Lunatic asylums in Bengal annual reports 1912-1924 - 1912-1924
Year: 1912
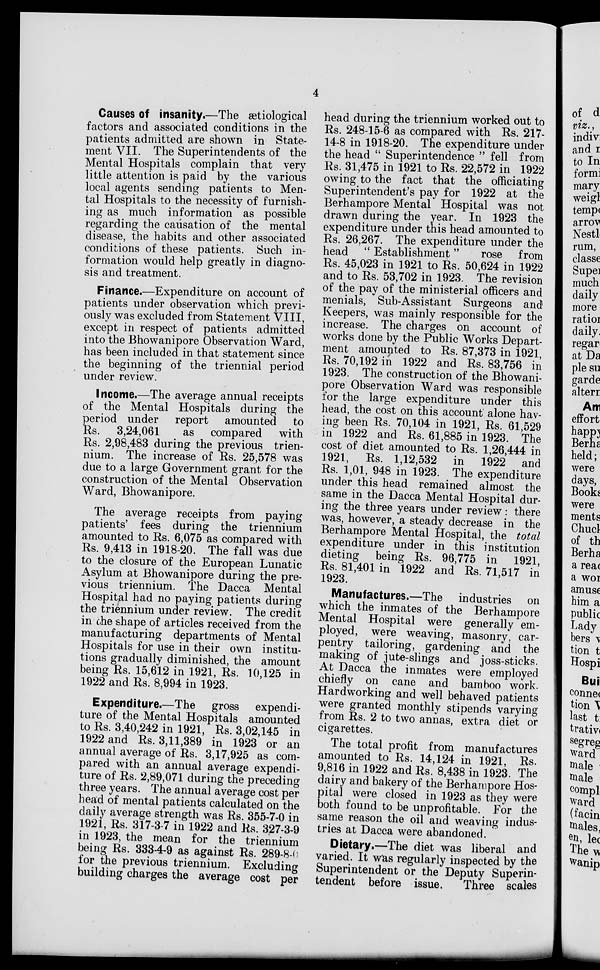
4
Causes of insanity.—The ætiological
factors and associated conditions in the
patients admitted are shown in State-
ment VII. The Superintendents of the
Mental Hospitals complain that very
little attention is paid by the various
local agents sending patients to Men-
tal Hospitals to the necessity of furnish-
ing as much information as possible
regarding the causation of the mental
disease, the habits and other associated
conditions of these patients. Such in-
formation would help greatly in diagno-
sis and treatment.
Finance.—Expenditure on account of
patients under observation which previ-
ously was excluded from Statement VIII,
except in respect of patients admitted
into the Bhowanipore Observation Ward,
has been included in that statement since
the beginning of the triennial period
under review.
Income.—The average annual receipts
of the Mental Hospitals during the
period under
report amounted
to
Rs. 3,24,061
as compared
with
Rs. 2,98,483 during the previous trien-
nium. The increase of Rs. 25,578 was
due to a large Government grant for the
construction of the Mental Observation
Ward, Bhowanipore.
The average receipts from paying
patients' fees during the triennium
amounted to Rs. 6,075 as compared with
Rs. 9,413 in 1918-20. The fall was due
to the closure of the European Lunatic
Asylum at Bhowanipore during the pre-
vious triennium. The Dacca Mental
Hospital had no paying patients during
the triennium under review. The credit
in the shape of articles received from the
manufacturing departments of Mental
Hospitals for use in their own institu-
tions gradually diminished, the amount
being Rs. 15,612 in 1921, Rs. 10,125 in
1922 and Rs. 8,994 in 1923.
Expenditure.—The gross expendi-
ture of the Mental Hospitals amounted
to Rs. 3,40,242 in 1921, Rs. 3,02,145 in
1922 and Rs. 3,11,389 in 1923 or an
annual average of Rs. 3,17,925 as com-
pared with an annual average expendi-
ture of Rs. 2,89,071 during the preceding
three years. The annual average cost per
head of mental patients calculated on the
daily average strength was Rs. 355-7-0 in
1921, Rs. 317-3-7 in 1922 and Rs. 327-3-9
in 1923, the mean for the triennium
being Rs. 3334-9 as against Rs. 289-8-0
for the previous triennium. Excluding
building charges the average cost per
head during the triennium worked out to
Rs. 248-15-6 as compared with Rs. 217-
14-8 in 1918-20. The expenditure under
the head " Superintendence " fell from
Rs. 31,475 in 1921 to Rs. 22,572 in 1922
owing to the fact that the officiating
Superintendent's pay for 1922 at the
Berhampore Mental Hospital was not
drawn during the year. In 1923 the
expenditure under this head amounted to
Rs. 26,267. The expenditure under the
head " Establishment"
rose from
Rs. 45,023 in 1921 to Rs. 50,624 in 1922
and to Rs. 53,702 in 1923. The revision
of the pay of the ministerial officers and
menials, Sub-Assistant Surgeons and
Keepers, was mainly responsible for the
increase. The charges on account of
works done by the Public Works Depart-
ment amounted to Rs. 87,373 in 1921,
Rs. 70,192 in 1922 and Rs. 83,756 in
1923. The construction of the Bhowani-
pore Observation Ward was responsible
for the large expenditure under this
head, the cost on this account alone hav-
ing been Rs. 70,104 in 1921, Rs. 61,529
in 1922 and Rs. 61,885 in 1923. The
cost of diet amounted to Rs. 1,26,444 in
1921, Rs. 1,12,532 in
1922 and
Rs. 1,01, 948 in 1923. The expenditure
under this head remained almost the
same in the Dacca Mental Hospital dur-
ing the three years under review: there
was, however, a steady decrease in the
Berhampore Mental Hospital, the total
expenditure under in this institution
dieting being Rs. 96,775 in 1921,
Rs. 81,401 in 1922 and Rs. 71,517 in
1923.
Manufactures.—The industries on
which the inmates of the Berhampore
Mental Hospital were generally em-
ployed, were weaving, masonry, car-
pentry tailoring, gardening and the
making of jute-slings and joss-sticks.
At Dacca the inmates were employed
chiefly on cane and bamboo work.
Hardworking and well behaved patients
were granted monthly stipends varying
from Rs. 2 to two annas, extra diet or
cigarettes.
The total profit from manufactures
amounted to Rs. 14,124 in 1921, Rs.
9,816 in 1922 and Rs. 8,438 in 1923. The
dairy and bakery of the Berhampore Hos-
pital were closed in 1923 as they were
both found to be unprofitable. For the
same reason the oil and weaving indus-
tries at Dacca were abandoned.
Dietary.—The diet was liberal and
varied. It was regularly inspected by the
Superintendent or the Deputy Superin-
tendent before issue.
Three scales